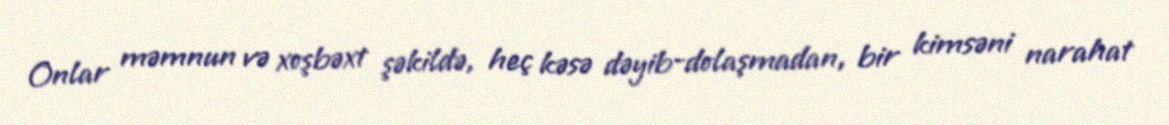
Onlar məmnun və xoşbəxt şəkildə, heç kəsə dəyib-dolaşmadan, bir kimsəni narahat